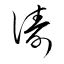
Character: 濤